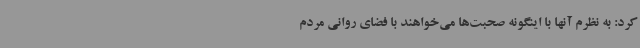
کرد: به نظرم آنها با اینگونه صحبت‌ها می‌خواهند با فضای روانی مردم